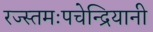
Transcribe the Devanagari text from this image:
रज्स्तमःपचेन्द्रियानी